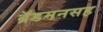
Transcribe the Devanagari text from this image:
ब्रॅडमनसह